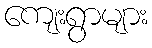
ကျေးရွာများ